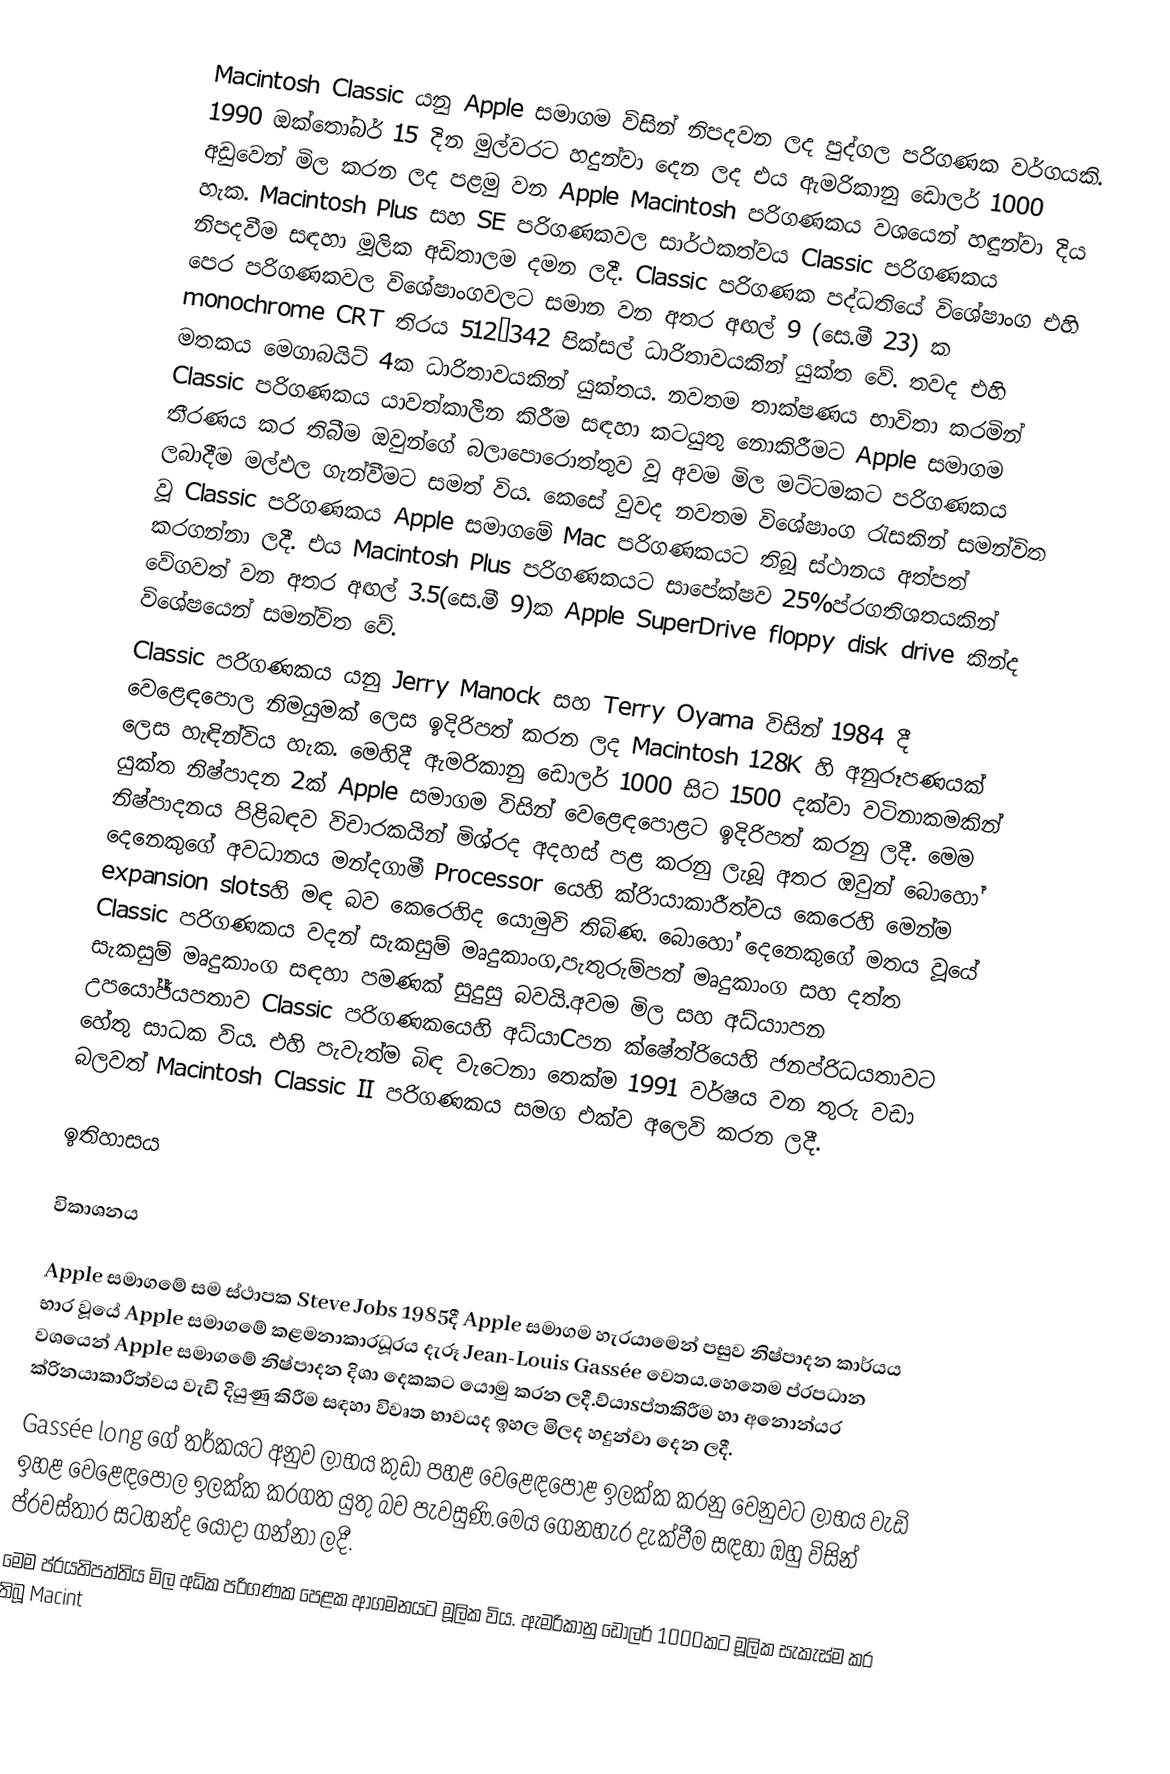
Macintosh Classic යනු Apple සමාගම විසින් නිපදවන ලද පුද්ගල පරිගණක වර්ගයකි. 1990 ඔක්තෝබර් 15 දින මුල්වරට හදුන්වා දෙන ලද එය ඇමරිකානු ඩොලර් 1000 අඩුවෙන් මිල කරන ලද පළමු වන Apple Macintosh පරිගණකය වශයෙන් හඳුන්වා දිය හැක. Macintosh Plus සහ SE පරිගණකවල සාර්ථකත්වය Classic පරිගණකය නිපදවීම සඳහා මූලික අඩිතාලම දමන ලදී. Classic පරිගණක පද්ධතියේ විශේෂාංග එහි පෙර පරිගණකවල විශේෂාංගවලට සමාන වන අතර අඟල් 9 (සෙ.මී 23) ක monochrome CRT තිරය 512×342 පික්සල් ධාරිතාවයකින් යුක්ත වේ. තවද එහි මතකය මෙගාබයිට් 4ක ධාරිතාවයකින් යුක්තය. නවතම තාක්ෂණය භාවිතා කරමින් Classic පරිගණකය යාවත්කාලීන කිරීම සඳහා කටයුතු නොකිරීමට Apple සමාගම තීරණය කර තිබීම ඔවුන්ගේ බලාපොරොත්තුව වූ අවම මිල මට්ටමකට පරිගණකය ලබාදීම මල්ඵල ගැන්වීමට සමත් විය. කෙසේ වුවද නවතම විශේෂාංග රැසකින් සමන්විත වූ Classic  පරිගණකය Apple සමාගමේ Mac පරිගණකයට තිබූ ස්ථානය අත්පත් කරගන්නා ලදී. එය Macintosh Plus පරිගණකයට සාපේක්ෂව 25%ප්රගතිශතයකින් වේගවත් වන අතර අඟල් 3.5(සෙ.මී 9)ක  Apple SuperDrive floppy disk drive කින්ද විශේෂයෙන් සමන්විත වේ.
Classic පරිගණකය යනු Jerry Manock සහ Terry Oyama විසින් 1984 දී වෙළෙඳපොල නිමයුමක් ලෙස ඉදිරිපත් කරන ලද Macintosh 128K හි අනුරූපණයක් ලෙස හැඳින්විය හැක. මෙහිදී ඇමරිකානු ඩොලර් 1000 සිට 1500 දක්වා වටිනාකමකින් යුක්ත නිෂ්පාදන 2ක් Apple සමාගම විසින් වෙළෙඳපොළට ඉදිරිපත් කරනු ලදී. මෙම නිෂ්පාදනය පිළිබඳව විචාරකයින් මිශ්රද අදහස් පළ කරනු ලැබූ අතර ඔවුන් බොහෝ දෙනෙකුගේ අවධානය මන්දගාමී Processor යෙහි ක්රිායාකාරීත්වය කෙරෙහි මෙන්ම expansion slotsහි මඳ බව කෙරෙහිද යොමුවි තිබිණ. බොහෝ දෙනෙකුගේ මතය වූයේ Classic පරිගණකය වදන් සැකසුම් මෘදුකාංග,පැතුරුම්පත් මෘදුකාංග සහ දත්ත සැකසුම් මෘදුකාංග සඳහා පමණක් සුදුසු බවයි.අවම මිල සහ අධ්යාාපන උපයෝජ්යපතාව Classic  පරිගණකයෙහි අධ්යාCපන ක්ෂේත්රියෙහි ජනප්රිධයතාවට හේතු සාධක විය. එහි පැවැත්ම බිඳ වැටෙනා තෙක්ම 1991 වර්ෂය වන තුරු වඩා බලවත් Macintosh Classic II පරිගණකය සමග එක්ව අලෙවි කරන ලදී.

 ඉතිහාසය

 විකාශනය

Apple සමාගමේ සම ස්ථාපක Steve Jobs 1985දී Apple  සමාගම හැරයාමෙන් පසුව නිෂ්පාදන කාර්යය භාර වූයේ Apple සමාගමේ කළමනාකාරධූරය දැරූ  Jean-Louis Gassée වෙතය.හෙතෙම ප්රපධාන වශයෙන් Apple සමාගමේ නිෂ්පාදන දිශා දෙකකට යොමු කරන ලදී.ව්යාsප්තකිරීම හා අනොන්යර ක්රිනයාකාරීත්වය වැඩි දියුණු කිරීම සඳහා විවෘත භාවයද ඉහල මිලද හදුන්වා දෙන ලදී.
Gassée long ගේ තර්කයට අනුව ලාභය කුඩා පහළ වෙළෙඳපොළ ඉලක්ක කරනු වෙනුවට ලාභය වැඩි ඉහළ වෙළෙඳපොල ඉලක්ක කරගත යුතු බව පැවසුණි.මෙය ගෙනහැර දැක්වීම සඳහා ඔහු විසින් ප්රවස්තාර සටහන්ද යොදා ගන්නා ලදී.
මෙම ප්රයතිපත්තිය මිල අධික පරිගණක පෙළක ආගමනයට මූලික විය. ඇමරිකානු ඩොලර් 1000කට මූලික සැකැස්ම කර තිබූ Macint